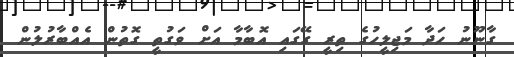
ގާނޫނު ހަދާ މަޖިލީހުގެ ތިރީ ގޭގައި އޮބާމާ އަށް ވަގުތީ ގޮތުން އެއްބާރުލުން